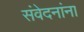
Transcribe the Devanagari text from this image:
संवेदनांना